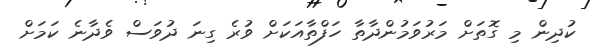
ކުދިން މި ގޮތަށް މަރުވަމުންދާތާ ހަފްތާއަކަށް ވުރެ ގިނަ ދުވަސް ވެދާނެ ކަމަށް